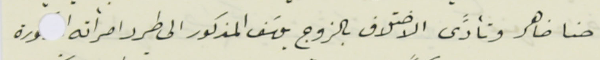
حنا ضاهر وتأدَّى الاختلاف بالزوج يوسَف المذكور الى طرد امرأته  ا    ورة